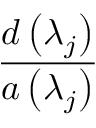
\frac { d \left( \lambda _ { j } \right) } { a \left( \lambda _ { j } \right) }